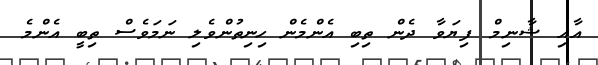
އާއި ޝާނިމް ފިޔަވާ ދެން ތިބި އެންމެން ހިނިތުންވެލި ނަމަވެސް ތިބީ އެންމެ